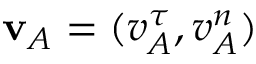
\mathbf { v } _ { A } = ( v _ { A } ^ { \tau } , v _ { A } ^ { n } )